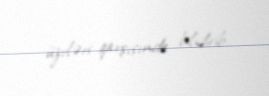
üzvləri qarşısında bilidirib.